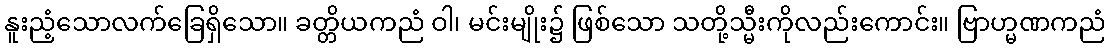
နူးညံ့သောလက်ခြေရှိသော။ ခတ္တိယကညံ ဝါ၊ မင်းမျိုး၌ ဖြစ်သော သတို့သ္မီးကိုလည်းကောင်း။ ဗြာဟ္မဏကညံ